Lunatic asylums United Prov. 1922-30 - 1922-1930
Year: 1922
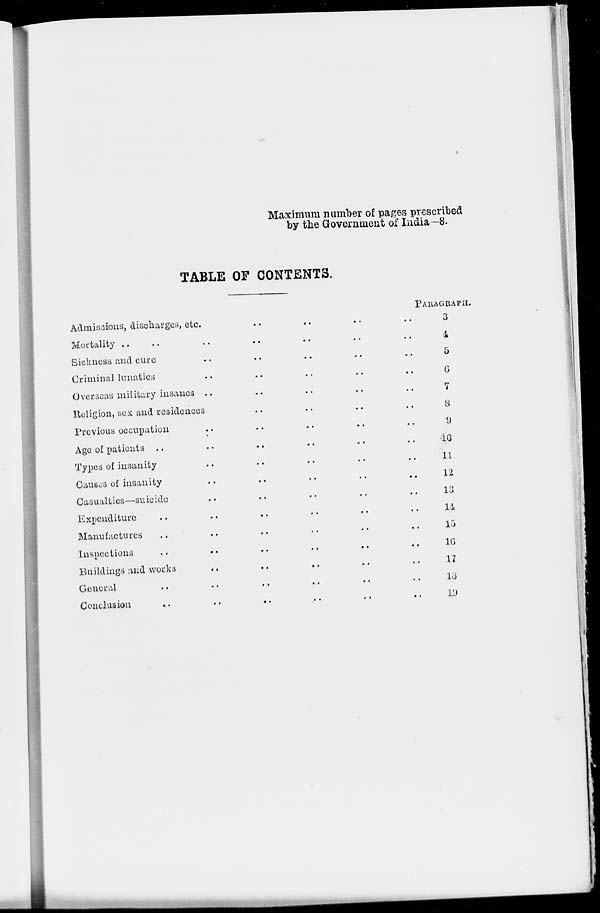
Maximum number of pages prescribed
by the Government of India—8.
TABLE OF CONTENTS.
Admissions, discharges, etc. .. .. .. ..
Mortality .. .. .. .. .. .. ..
Sickness and cure .. .. .. .. ..
Criminal lunatics .. .. .. .. ..
Overseas military insanes .. .. .. .. ..
Religion, sex and residences .. .. .. ..
Previous occupation .. .. .. .. ..
Age of patients .. .. .. .. .. ..
Types of insanity .. .. .. .. ..
Causes of insanity .. .. .. .. ..
Casualties—suicide .. .. .. .. ..
Expenditure .. .. .. .. .. ..
Manufactures .. .. .. .. .. ..
Inspections .. .. .. .. .. ..
Buildings and works .. .. .. .. ..
General .. .. .. .. ..
Conclusion .. .. .. .. ..
PARAGRAPH.
3
4
5
6
7
8
9
10
11
12
13
14
15
16
17
l8
19